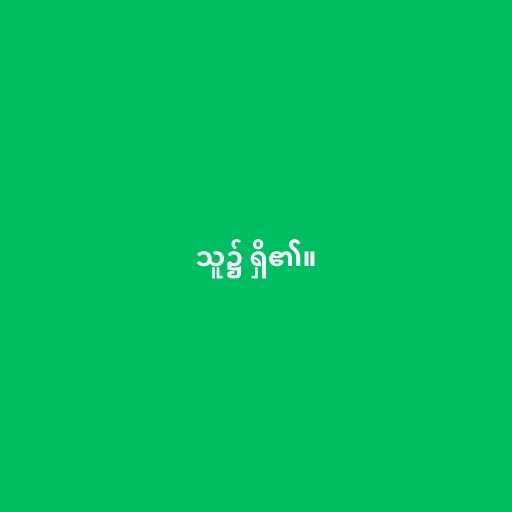
သူ၌ ရှိ၏။